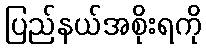
ပြည်နယ်အစိုးရကို